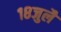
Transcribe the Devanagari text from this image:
१८जुलै